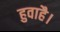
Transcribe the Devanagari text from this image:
हुवाहै।